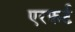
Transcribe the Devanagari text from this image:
एरफ़र्ट